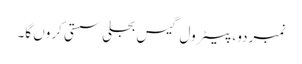
نمبردو، پیٹرول گیس بجلی سستی کروں گا۔